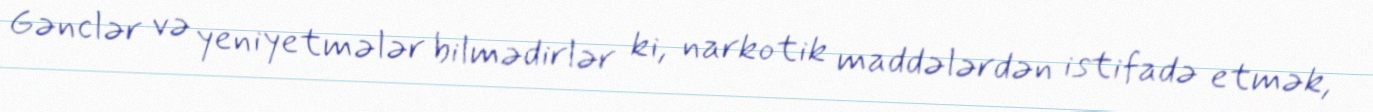
Gənclər və yeniyetmələr bilmədirlər ki, narkotik maddələrdən istifadə etmək,